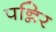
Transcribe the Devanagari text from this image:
पन्निर